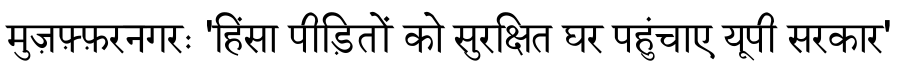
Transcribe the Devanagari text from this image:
मुज़फ़्फ़रनगरः 'हिंसा पीड़ितों को सुरक्षित घर पहुंचाए यूपी सरकार'